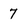
Character: 7